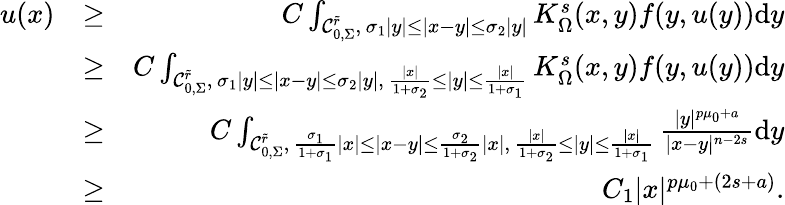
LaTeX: \begin{array}{rlr}{u(x)}&{\geq}&{C\int_{\mathcal C_{0,\Sigma}^{\tilde{r}},\, \sigma_{1}|y|\leq|x-y|\leq\sigma_{2}|y|}K_{\Omega}^{s}(x,y)f(y,u(y))\mathrm dy}\\ &{\geq}&{C\int_{\mathcal C_{0,\Sigma}^{\tilde{r}},\, \sigma_{1}|y|\leq|x-y|\leq\sigma_{2}|y|,\, \frac{|x|}{1+\sigma_{2}}\leq|y|\leq\frac{|x|}{1+\sigma_{1}}}K_{\Omega}^{s}(x,y)f(y,u(y))\mathrm dy}\\ &{\geq}&{C\int_{\mathcal C_{0,\Sigma}^{\tilde{r}},\, \frac{\sigma_{1}}{1+\sigma_{1}}|x|\leq|x-y|\leq\frac{\sigma_{2}}{1+\sigma_{2}}|x|,\, \frac{|x|}{1+\sigma_{2}}\leq|y|\leq\frac{|x|}{1+\sigma_{1}}}\frac{|y|^{p\mu_{0}+a}}{|x-y|^{n-2s}}\mathrm dy}\\ &{\geq}&{C_{1}|x|^{p\mu_{0}+(2s+a)}.}\end{array}